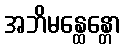
အဘိမန္ထေန္တော